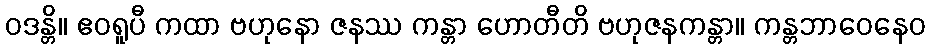
ဝဒန္တိ။ ဧဝရူပီ ကထာ ဗဟုနော ဇနဿ ကန္တာ ဟောတီတိ ဗဟုဇနကန္တာ။ ကန္တဘာဝေနေဝ